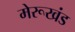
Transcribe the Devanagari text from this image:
मेरूखंड